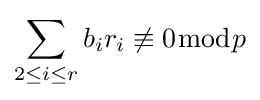
\sum _{2\leq i\leq r}b_{i}r_{i}\not \equiv 0{\bmod {p}}